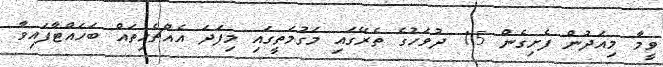
ވީމާ މިއަދުން ފެށިގެން 15 ދުވަހުގެ ތެރޭގައި މަގުމަތީގައި މިފަދަ އެއްޗެހިތައް ބަހައްޓާފައިވާ